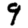
Digit: 9